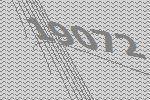
19072